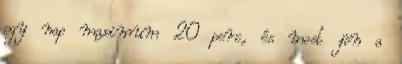
egy nap maximum 20 perc, és most jön a